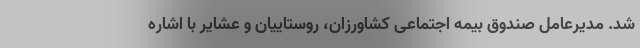
شد. مدیرعامل صندوق بیمه اجتماعی کشاورزان، روستاییان و عشایر با اشاره